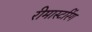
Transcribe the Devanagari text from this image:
रीमास्टरिंग